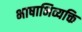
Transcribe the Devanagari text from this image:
भाषाभिव्यक्ति